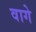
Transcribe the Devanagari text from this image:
वागे